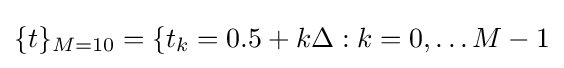
\{t\}_{M=10}=\{t_{k}=0.5+k\Delta :k=0,\ldots M-1